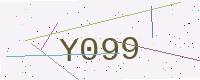
Text: Y099